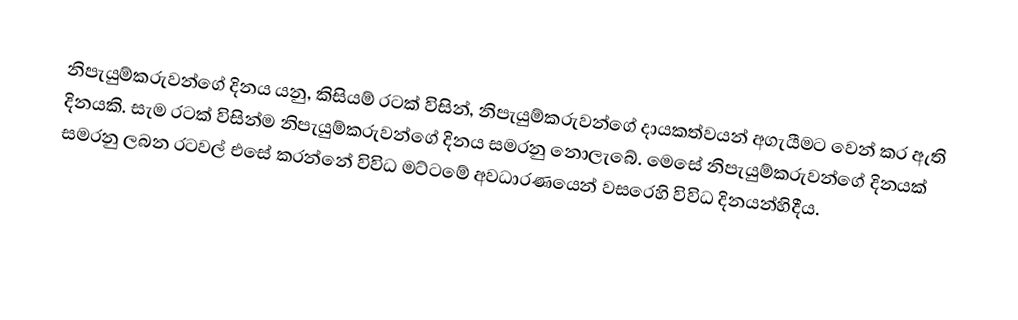
නිපැයුම්කරුවන්ගේ දිනය යනු, කිසියම්  රටක් විසින්, නිපැයුම්කරුවන්ගේ දායකත්වයන් අගැයීමට වෙන් කර ඇති දිනයකි.  සැම රටක් විසින්ම  නිපැයුම්කරුවන්ගේ දිනය සමරනු නොලැබේ.  මෙසේ  නිපැයුම්කරුවන්ගේ දිනයක් සමරනු ලබන රටවල් එසේ කරන්නේ විවිධ මට්ටමේ අවධාරණයෙන් වසරෙහි විවිධ දිනයන්හිදීය.